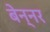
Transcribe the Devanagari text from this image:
बेन्नर